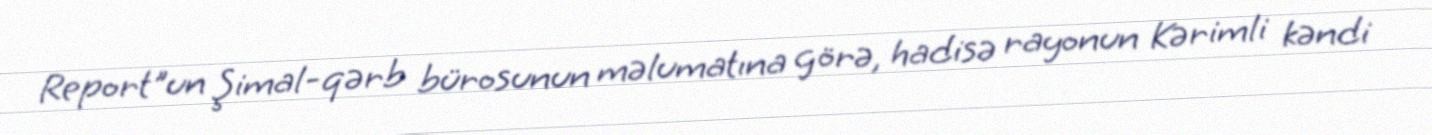
Report"un Şimal-qərb bürosunun məlumatına görə, hadisə rayonun Kərimli kəndi